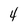
Character: 4